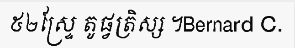
៥២ស្ទ្រែ តូផ្វត្រិស្ស ។Bernard C.